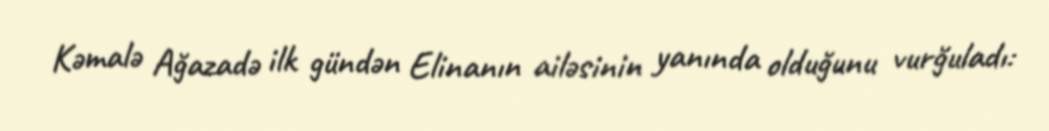
Kəmalə Ağazadə ilk gündən Elinanın ailəsinin yanında olduğunu vurğuladı: